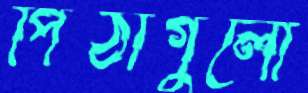
পিঠাগুলো